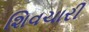
શિવચારી